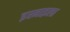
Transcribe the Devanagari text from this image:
इस्माइला